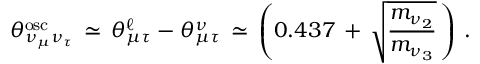
\theta _ { \nu _ { \mu } \nu _ { \tau } } ^ { \mathrm { o s c } } \, \simeq \, \theta _ { \mu \tau } ^ { \ell } - \theta _ { \mu \tau } ^ { \nu } \, \simeq \, \left( 0 . 4 3 7 \, + \, \sqrt { \frac { m _ { \nu _ { 2 } } } { m _ { \nu _ { 3 } } } } \, \right) \, .